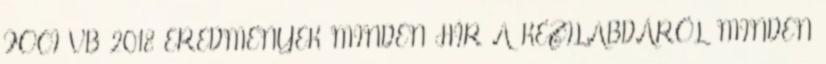
FOCI VB 2018 EREDMÉNYEK MINDEN HÍR A KÉZILABDÁRÓL MINDEN